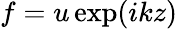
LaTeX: f=u\exp(ikz)